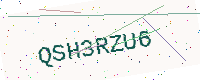
Text: QSH3RZU6